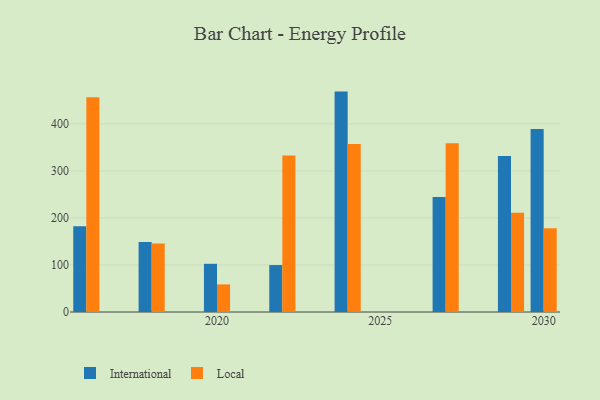
{"axis": {"x": "Year", "y": "Customer Acquisition Cost (USD)"}, "legend": ["International", "Local"], "data": [{"x": "2029", "y": 331.5, "type": "International"}, {"x": "2029", "y": 211.1, "type": "Local"}, {"x": "2030", "y": 389.0, "type": "International"}, {"x": "2030", "y": 178.2, "type": "Local"}, {"x": "2016", "y": 182.4, "type": "International"}, {"x": "2016", "y": 456.7, "type": "Local"}, {"x": "2024", "y": 468.6, "type": "International"}, {"x": "2024", "y": 357.3, "type": "Local"}, {"x": "2027", "y": 244.6, "type": "International"}, {"x": "2027", "y": 358.9, "type": "Local"}, {"x": "2018", "y": 148.8, "type": "International"}, {"x": "2018", "y": 145.5, "type": "Local"}, {"x": "2022", "y": 99.8, "type": "International"}, {"x": "2022", "y": 332.7, "type": "Local"}, {"x": "2020", "y": 102.5, "type": "International"}, {"x": "2020", "y": 58.7, "type": "Local"}]}